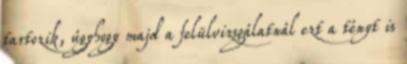
tartozik, úgyhogy majd a felülvizsgálatnál ezt a tényt is